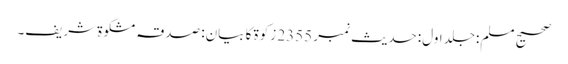
صحیح مسلم:جلد اول:حدیث نمبر 2355 زکوة کا بیان: صدقہ مشکوة شریف۔